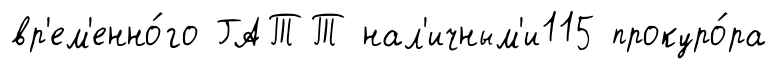
вр'ем'енно́го ГАТТ нал'ичным'и115 прокуро́ра